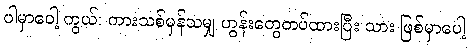
ပါမှာပေါ့ ကွယ်၊ ကားသစ်မှန်သမျှ ဟွန်းတွေတပ်ထားပြီး သား ဖြစ်မှာပေါ့